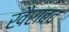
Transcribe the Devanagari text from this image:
खैराबद